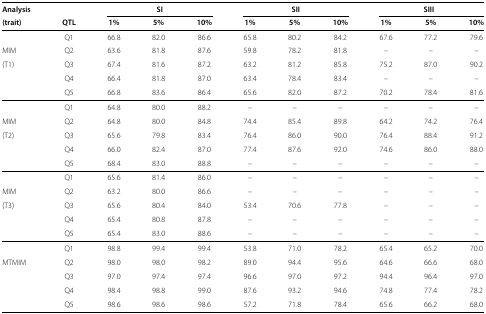
<table><thead><tr><td><b>Analysis</b></td><td><b> </b></td><td colspan="3"><b>SI</b></td><td colspan="3"><b>SII</b></td><td colspan="3"><b>SIII</b></td></tr></thead><tbody><tr><td><b>(trait)</b></td><td><b>QTL</b></td><td><b>1%</b></td><td><b>5%</b></td><td><b>10%</b></td><td><b>1%</b></td><td><b>5%</b></td><td><b>10%</b></td><td><b>1%</b></td><td><b>5%</b></td><td><b>10%</b></td></tr><tr><td> </td><td>Q1</td><td>66.8</td><td>82.0</td><td>86.6</td><td>65.8</td><td>80.2</td><td>84.2</td><td>67.6</td><td>77.2</td><td>79.6</td></tr><tr><td>MIM</td><td>Q2</td><td>63.6</td><td>81.8</td><td>87.6</td><td>59.8</td><td>78.2</td><td>81.8</td><td>–</td><td>–</td><td>–</td></tr><tr><td>(T1)</td><td>Q3</td><td>67.4</td><td>81.6</td><td>87.2</td><td>63.2</td><td>81.2</td><td>85.8</td><td>75.2</td><td>87.0</td><td>90.2</td></tr><tr><td> </td><td>Q4</td><td>66.4</td><td>81.8</td><td>87.0</td><td>63.4</td><td>78.4</td><td>83.4</td><td>–</td><td>–</td><td>–</td></tr><tr><td> </td><td>Q5</td><td>66.8</td><td>83.6</td><td>86.4</td><td>65.6</td><td>82.0</td><td>87.2</td><td>70.2</td><td>78.4</td><td>81.6</td></tr><tr><td> </td><td>Q1</td><td>64.8</td><td>80.0</td><td>88.2</td><td>–</td><td>–</td><td>–</td><td>–</td><td>–</td><td>–</td></tr><tr><td>MIM</td><td>Q2</td><td>64.8</td><td>80.0</td><td>84.8</td><td>74.4</td><td>85.4</td><td>89.8</td><td>64.2</td><td>74.2</td><td>76.4</td></tr><tr><td>(T2)</td><td>Q3</td><td>65.6</td><td>79.8</td><td>83.4</td><td>76.4</td><td>86.0</td><td>90.0</td><td>76.4</td><td>88.4</td><td>91.2</td></tr><tr><td> </td><td>Q4</td><td>66.0</td><td>82.4</td><td>87.0</td><td>77.4</td><td>87.6</td><td>92.0</td><td>74.6</td><td>86.0</td><td>88.0</td></tr><tr><td> </td><td>Q5</td><td>68.4</td><td>83.0</td><td>88.8</td><td>–</td><td>–</td><td>–</td><td>–</td><td>–</td><td>–</td></tr><tr><td> </td><td>Q1</td><td>65.6</td><td>81.4</td><td>86.0</td><td>–</td><td>–</td><td>–</td><td>–</td><td>–</td><td>–</td></tr><tr><td>MIM</td><td>Q2</td><td>63.2</td><td>80.0</td><td>86.6</td><td>–</td><td>–</td><td>–</td><td>–</td><td>–</td><td>–</td></tr><tr><td>(T3)</td><td>Q3</td><td>65.6</td><td>80.4</td><td>84.0</td><td>53.4</td><td>70.6</td><td>77.8</td><td>–</td><td>–</td><td>–</td></tr><tr><td> </td><td>Q4</td><td>65.4</td><td>80.8</td><td>87.8</td><td>–</td><td>–</td><td>–</td><td>–</td><td>–</td><td>–</td></tr><tr><td> </td><td>Q5</td><td>65.4</td><td>83.0</td><td>88.6</td><td>–</td><td>–</td><td>–</td><td>–</td><td>–</td><td>–</td></tr><tr><td> </td><td>Q1</td><td>98.8</td><td>99.4</td><td>99.4</td><td>53.8</td><td>71.0</td><td>78.2</td><td>65.4</td><td>65.2</td><td>70.0</td></tr><tr><td>MTMIM</td><td>Q2</td><td>98.0</td><td>98.0</td><td>98.2</td><td>89.0</td><td>94.4</td><td>95.6</td><td>64.6</td><td>66.6</td><td>68.0</td></tr><tr><td> </td><td>Q3</td><td>97.0</td><td>97.4</td><td>97.4</td><td>96.6</td><td>97.0</td><td>97.2</td><td>94.4</td><td>96.4</td><td>97.0</td></tr><tr><td> </td><td>Q4</td><td>98.4</td><td>98.8</td><td>99.0</td><td>87.6</td><td>93.2</td><td>94.6</td><td>74.8</td><td>77.4</td><td>78.2</td></tr><tr><td> </td><td>Q5</td><td>98.6</td><td>98.6</td><td>98.6</td><td>57.2</td><td>71.8</td><td>78.4</td><td>65.6</td><td>66.2</td><td>68.0</td></tr></tbody></table>